Lunatic asylums Central Provinces reports 1886-1894 - 1886-1894
Year: 1886
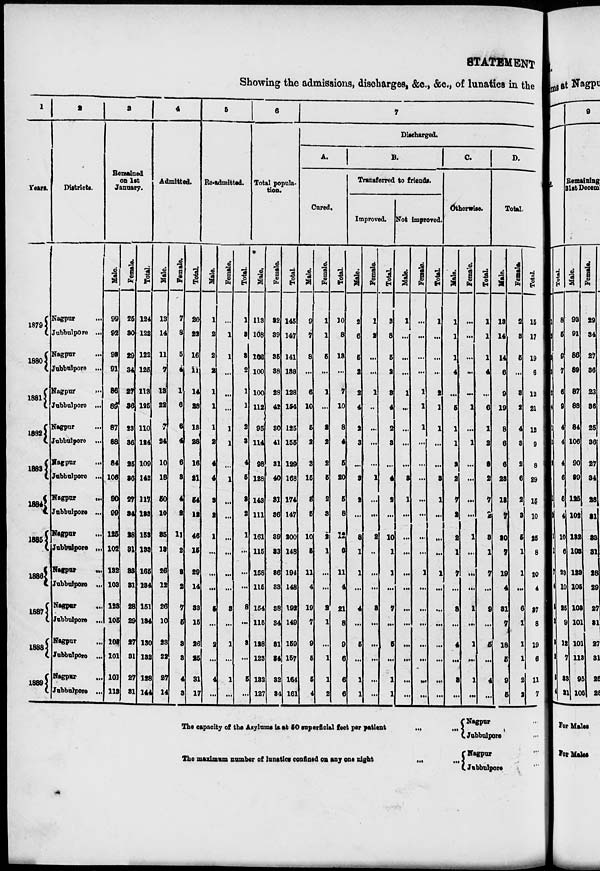
STATEMENT
Showing the admissions, discharges, &c., &c., of lunatics in the
1
Years.
1879
1880
1881
1882
1883
1884
1885
1886
1887
1888
1889
2
Districts.
Nagpur
...
Jubbulpore ...
Nagpur
...
Jubbulpore ...
Nagpur
...
Jubbulpore ...
Nagpur
...
Jubbulpore ...
Nagpur
...
Jubbulpore ...
Nagpur
...
Jubbulpore ...
Nagpur ...
Jubbulpore ...
Nagpur
...
Jubbulpore ...
Nagpur
...
Jubbulpore ...
Nagpur ...
Jubbulpore ...
Nagpur ...
Jubbulpore ...
3
Remained
on 1st
January.
Male.
99
92
93
91
86
89
87
88
84
106
90
99
125
102
132
103
123
105
103
101
101
113
Female.
25
30
29
34
27
36
23
86
25
36
27
34
28
31
33
31
28
29
27
31
27
31
Total.
124
122
122
125
113
125
110
124
109
142
117
133
153
133
165
134
151
134
130
132
128
144
4
Admitted.
Male.
13
14
11
7
13
22
7
24
10
18
50
10
35
13
26
12
26
10
23
22
27
14
Female.
7
8
5
4
1
6
6
4
6
3
4
2
11
2
3
2
7
5
3
3
4
3
Total.
20
22
16
11
14
28
13
28
16
21
54
12
46
15
29
14
33
15
26
25
31
17
5
Re-admitted.
Male.
1
2
2
2
1
1
1
2
4
4
3
2
1
...
...
...
5
...
2
...
4
...
Female.
...
1
1
...
...
...
1
1
...
1
...
...
...
...
...
...
3
...
1
...
1
...
Total.
1
3
3
2
1
1
2
3
4
5
3
2
1
...
...
...
8
...
3
...
5
...
6
Total popula-
tion.
Male.
113
108
106
100
100
112
95
114
98
128
143
111
161
115
158
115
154
115
128
123
132
127
Female.
32
39
35
38
28
42
30
41
31
40
31
36
39
33
36
33
38
34
31
34
32
34
Total.
145
147
141
138
128
154
125
155
129
168
174
147
200
148
194
148
192
149
159
157
164
161
7
Discharged.
A.
Cured.
Male.
9
7
8
...
6
10
5
2
3
15
3
5
10
5
11
4
19
7
9
5
5
4
Female.
1
1
5
...
1
...
3
2
2
5
2
3
2
1
...
...
2
1
...
1
1
2
Total.
10
8
13
...
7
10
8
4
5
20
5
8
12
6
11
4
21
8
9
6
6
6
B.
Transferred to friends.
Improved.
Male.
2
6
5
2
2
4
2
3
...
3
2
...
8
1
1
...
4
...
5
...
1
1
Female.
1
2
...
...
1
...
...
...
...
1
...
...
2
...
...
...
3
...
...
...
...
...
Total.
3
8
5
2
3
4
2
3
...
4
2
...
10
1
1
...
7
...
5
...
1
1
Not improved.
Male.
1
...
...
...
1
...
...
...
...
3
1
...
...
...
...
...
...
...
...
...
...
...
Female.
...
...
...
...
1
1
1
...
...
...
...
...
...
...
1
...
...
...
...
...
...
...
Total.
1
...
...
...
2
1
1
...
...
3
1
...
...
...
1
...
...
...
...
...
...
...
C.
Otherwise.
Male.
1
1
1
4
...
5
1
1
3
2
7
2
2
1
7
...
8
...
4
...
3
...
Female.
...
...
...
...
...
1
...
1
...
...
...
...
1
...
...
...
1
...
1
...
1
...
Total.
1
1
1
4
...
6
1
2
3
2
7
2
3
1
7
...
9
...
5
...
4
...
D.
Total.
Male.
13
14
14
6
9
19
8
6
6
23
13 7
20
7
19
4
31
7
18
5
9
5
Female.
2
3
5
...
3
2
4
3
2
6
2
3
5
1
1
...
6
1
1
1
2
2
Total.
15
17
19
6
12
21
12
9
8
29
15
10
25
8
20
4
37
8
19
6
11
7
The capacity of the Asylums is at 50 superficial feet per patient
... ...
The maximum number of lunatics confined on any one night
...
...
Nagpur ...
Jubbulpore ...
Nagpur ...
Jubbulpore ...